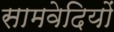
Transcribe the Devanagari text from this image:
सामवेदियों